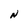
Character: N